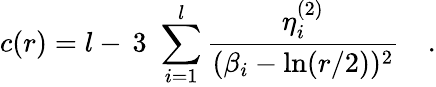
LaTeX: c(r)=l-\, 3\, \, \sum_{i=1}^{l}\frac{\eta_{i}^{(2)}}{(\beta_{i}-\ln(r/2))^{2}}\quad.